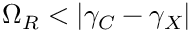
\Omega _ { R } < | \gamma _ { C } - \gamma _ { X } |